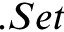
. S e t